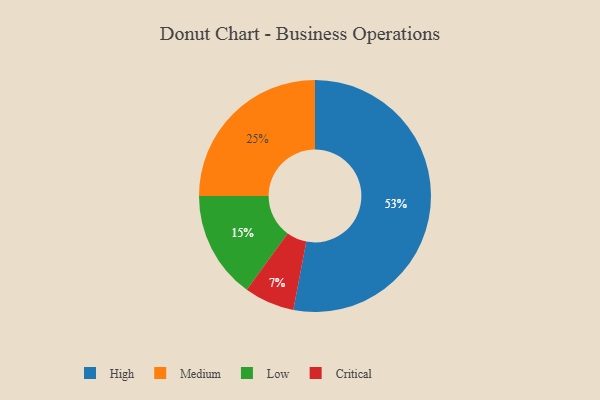
{"axis": {"x": "Category", "y": "Percentage"}, "legend": ["Critical", "High", "Low", "Medium"], "data": [{"x": "Medium", "y": 25, "type": "Medium"}, {"x": "High", "y": 53, "type": "High"}, {"x": "Low", "y": 15, "type": "Low"}, {"x": "Critical", "y": 7, "type": "Critical"}]}